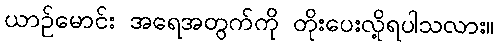
ယာဉ်မောင်း အရေအတွက်ကို တိုးပေးလို့ရပါသလား။